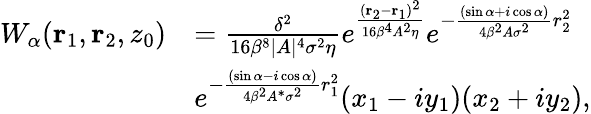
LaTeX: \begin{array}{rl}{W_{\alpha}(\textbf{r}_{1},\textbf{r}_{2},z_{0})}&{=\frac{\delta^{2}}{16\beta^{8}\lvert A\rvert^{4}\sigma^{2}\eta}e^{\frac{(\textbf{r}_{2}-\textbf{r}_{1})^{2}}{16\beta^{4}A^{2}\eta}}e^{-\frac{(\sin{\alpha}+i\cos{\alpha})}{4\beta^{2}A\sigma^{2}}r_{2}^{2}}}\\ &{e^{-\frac{(\sin{\alpha}-i\cos{\alpha})}{4\beta^{2}A^{*}\sigma^{2}}r_{1}^{2}}(x_{1}-iy_{1})(x_{2}+iy_{2}),}\end{array}